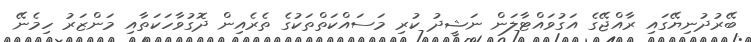
ބޭރުދުނިޔޭގައި ރާއްޖޭގެ އަގުވައްޓާލަން ނަޝީދު ކުރި މަސައްކަތްތަކުގެ ތެރެއިން ދޮގުވާހަކަތާއި މަންޒަރު ހިމެނޭ